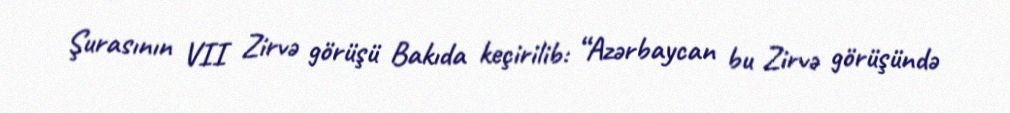
Şurasının VII Zirvə görüşü Bakıda keçirilib: “Azərbaycan bu Zirvə görüşündə